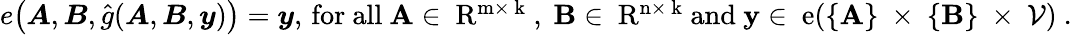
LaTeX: \begin{array}{r}{e\big({\boldsymbol{A}},{\boldsymbol{B}},\hat{g}({\boldsymbol{A}},{\boldsymbol{B}},{\boldsymbol{y}})\big)={\boldsymbol{y}},\, \mathrm{for~all~{\boldsymbol{A}}\in\mathbb~R^{m\times~k}~,~{\boldsymbol{B}}\in\mathbb~R^{n\times~k}~and~{\boldsymbol{y}}\in~e(\{ {\boldsymbol{A}}\} ~\times~\{ {\boldsymbol{B}}\} ~\times~\mathcal{V})~.}}\end{array}